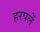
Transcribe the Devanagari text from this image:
हरपलें